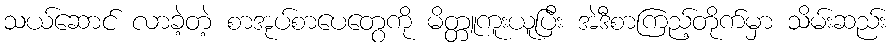
သယ်ဆောင် လာခဲ့တဲ့ စာအုပ်စာပေတွေကို မိတ္တူကူးယူပြီး အဲဒီစာကြည့်တိုက်မှာ သိမ်းဆည်း